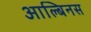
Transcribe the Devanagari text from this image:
आल्बिनस